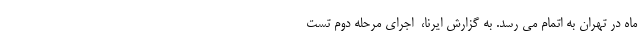
ماه در تهران به اتمام می رسد. به گزارش ایرنا، ‌ اجرای مرحله دوم تست